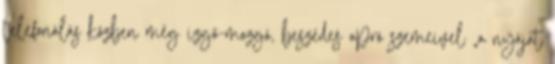
telefonálás köz­ben még izgő-mozgó, beszédes apró szemeivel „a nyájat